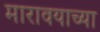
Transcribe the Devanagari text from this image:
मारावयाच्या